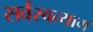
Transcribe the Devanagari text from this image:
सर्वस्वत्याग